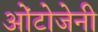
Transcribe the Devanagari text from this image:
ओंटोजेनी